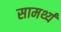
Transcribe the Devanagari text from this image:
सामर्थ्यं